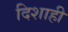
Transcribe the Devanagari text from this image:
दिशाही